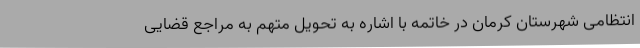
انتظامی شهرستان کرمان در خاتمه با اشاره به تحویل متهم به مراجع قضایی